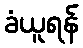
ခံယူရန်